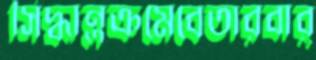
সিদ্ধান্তক্রমেবেতারবার্